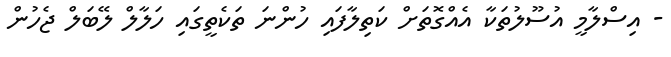
- އިސްލާމީ އުސޫލުތަކާ އެއްގޮތަށް ކަތިލާފައި ހުންނަ ތަކެތީގައި ހަލާލް ލޭބަލް ޖެހުން